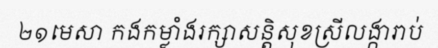
២១មេសា កងកម្លាំងរក្សាសន្តិសុខស្រីលង្ការាប់